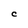
Character: C